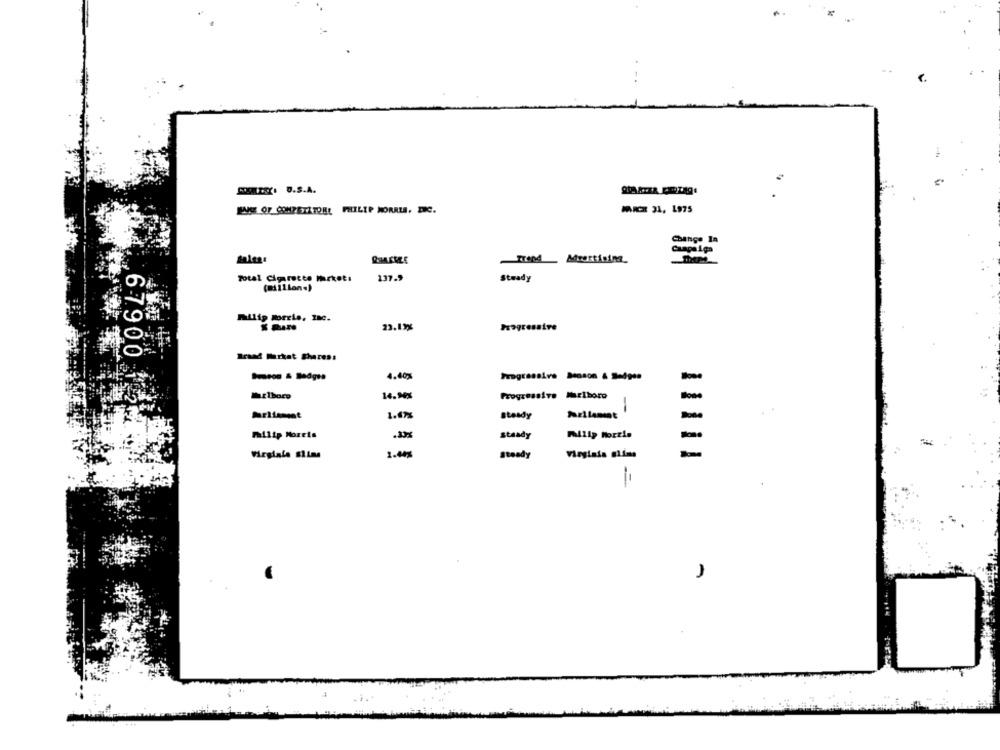
COSTA. D.S.A.
ENCE OF COMPETITORL PHILIP MORRIS. DIC.
MARCH 31, 1975
Change In
Campaign
TTIMd _ Advertising_
Total Cigarette Market:
137.9
Stwady
mulig Morris, Inc.
23.13%
Progressive
Braad Market Sharess
4.40%
14.94%
Progressive Marlboro
-
67900 112
1.67%
steady
Philip Morris
.33%
Steady
Philip Morris
1.44%
Steady